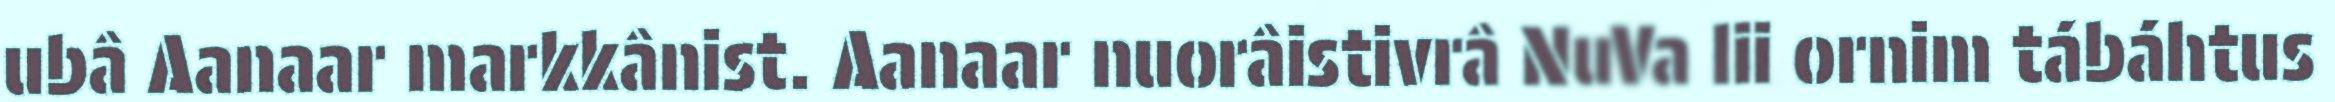
ubâ Aanaar markkânist. Aanaar nuorâistivrâ NuVa lii ornim tábáhtus